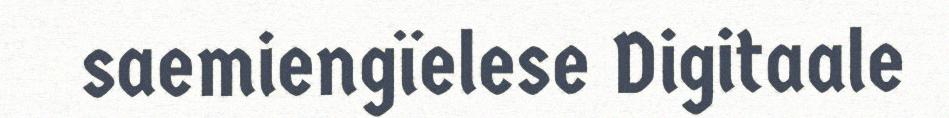
saemiengïelese Digitaale